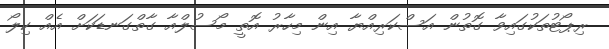
ރިޕޯޓުތަކުގައިވާ ގޮތުން އަސްކަރިއްޔާ އިން މިހާރު އޮތީ މޯސުލްއާ ގާތްގަނޑަކަށް އެއް ކިލޯ